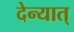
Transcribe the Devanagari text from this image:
देन्यात्